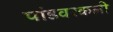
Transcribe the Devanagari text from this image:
पांडवरकली